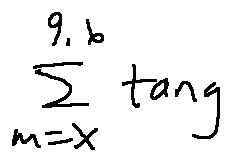
\sum \limits _ { m = X } ^ { 9 . 6 } \tan g